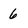
Character: 6